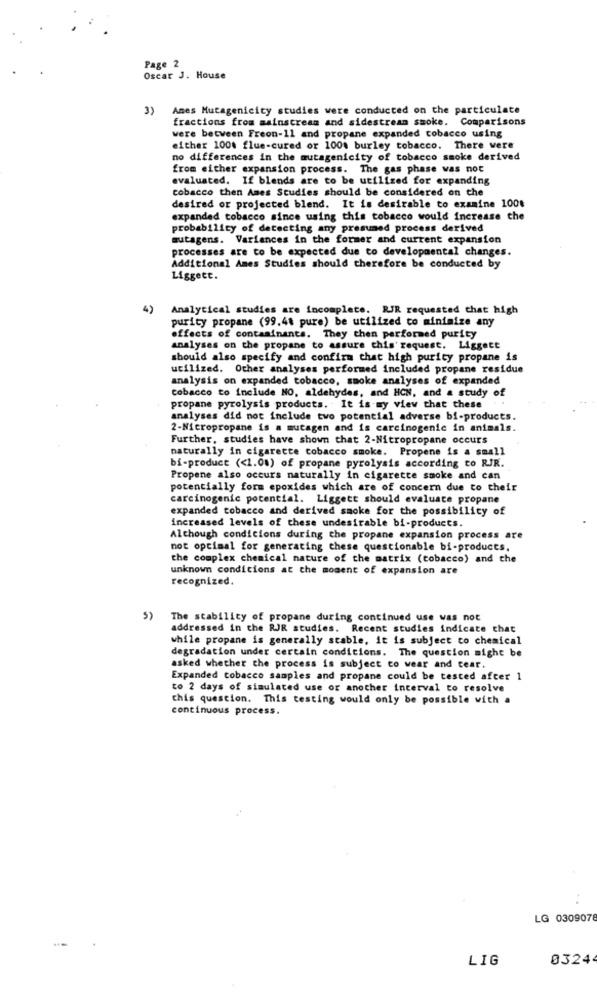
Page 2
Oscar J. House
3) Ames Mutagenicity studies were conducted on the particulate
fractions from mainstream and sidestream smoke. Comparisons
were between Freon-11 and propane expanded tobacco using
either 1000 flue-cured or 100% burley tobacco. There were
no differences in the mutagenicity of tobacco smoke derived
from either expansion process. The gas phase was not
evaluated. If blends are to be utilized for expanding
tobacco then Ames Studies should be considered on the
desired or projected blend. It is desirable to examine 1001
expanded tobacco since using this tobacco would increase the
probability of detecting any presumed process derived
mutagens. Variances in the former and current expansion
processes are to be expected due to developmental changes.
Additional Ames Studies should therefore be conducted by
Liggett.
4)
Analytical studies are incomplete. RJR requested that high
purity propane (99.48 pure) be utilized to minimize any
effects of contaminants. They then performed purity
analyses on the propane to assure this'request. Liggett
should also specify and confirm that high purity propane is
utilized. Other analyses performed included propane residue
analysis on expanded tobacco, smoke analyses of expanded
cobacco to include NO. aldehydes, and HCN, and a study of
propane pyrolysis products. It is my view that these
analyses did not include two potential adverse bi-products.
2-Nicropropane is a mutagen and is carcinogenic in animals.
Further, studies have shown that 2-Nitropropane occurs
naturally in cigarette tobacco smoke. Propene is a small
bi-product << 1.0a) of propane pyrolysis according to RJR.
Propene also occurs naturally in cigarette smoke and can
potentially form epoxides which are of concern due to their
carcinogenic potential. Liggett should evaluate propane
expanded tobacco and derived smoke for the possibility of
increased levels of these undesirable bi-products.
Although condicions during the propane expansion process are
not optimal for generating these questionable bi-products.
the complex chemical nature of the matrix (tobacco) and the
unknown conditions at the moment of expansion are
recognized.
5) The stability of propane during continued use was not
addressed in the RJR studies. Recent studies indicate that
while propane is generally stable, it is subject to chemical
degradation under certain conditions. The question might be
asked whether the process is subject to wear and tear.
Expanded tobacco samples and propane could be tested after 1
to 2 days of simulated use or another interval to resolve
this question. This testing would only be possible with a
continuous process.
LG 0309078
LIG
03244